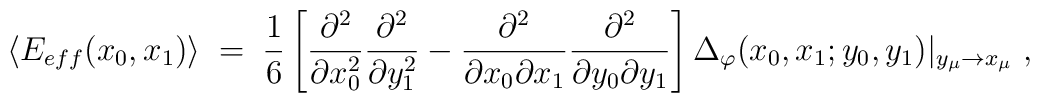
\langle E_{eff}(x_0,x_1) \rangle  \;=\; \frac{1}{6} \left[\frac{\partial^2}{\partial x_0^2}\frac{\partial^2}{\partial y_1^2} -\frac{\partial^2}{\partial x_0 \partial x_1} \frac{\partial^2}{\partial y_0 \partial y_1}\right] \Delta_\varphi(x_0,x_1;y_0, y_1)|_{y_\mu \to x_\mu} \;,